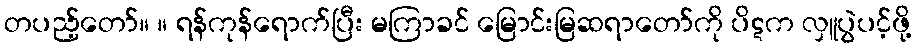
တပည့်တော်။ ။ ရန်ကုန်ရောက်ပြီး မကြာခင် မြောင်းမြဆရာတော်ကို ပိဋက လှူပွဲပင့်ဖို့